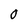
Character: 0